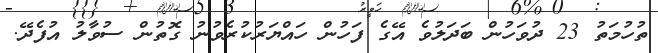
ތުހުމަތު 23 ދުވަހުން ބަދަލުވެ އޭގެ ފަހުން ހައްޔަރުކުރެވުނު ގޮތުން ސުވާލު އުފެދޭ.